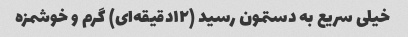
خیلی سریع به دستمون رسید (۱۲دقیقه‌ای) گرم و خوشمزه